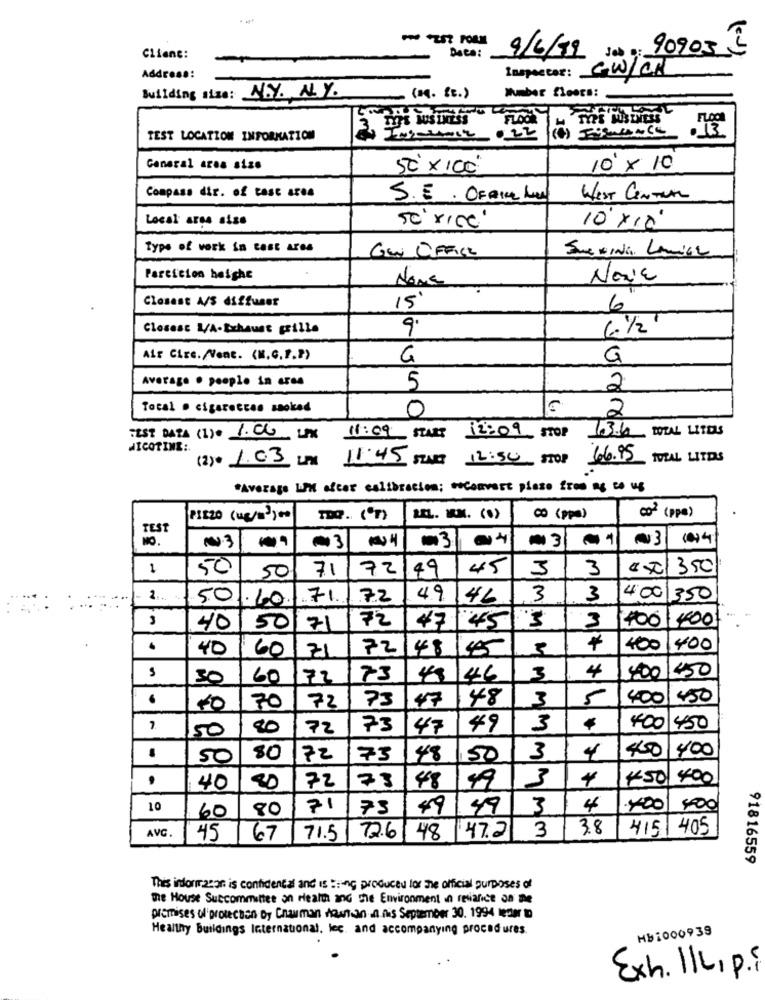
-90 25? PORM
Date:
Jeb p: 909032
Client:
9/6/19
Address:
Inspector: GW/CM
Humber floors:
Building size: N.Y. NY.
- (M. SE.)
TOS BUSINESS
FLOO
.13
TEST LOCATION INFORMATION
ime
022
General area size
50 × 100'
10 × 10
Compass dir. of tasc area
S.E. OF aine few
WEST CENTRAL
Local arss sise
so rice"
10 x18
Type of work in Cast Ares
GW OFFICE
Particion beighe
Novia
Closest A/S diffuser
6"
15
Closest W/A-Exhaust grille
9.
6. 1/2
ALr Circ./Vent. (N.C.F.P)
G
G
Average . people in ares
5
2
Tocal . cigaretces saoked
0
2
1.3.66 TOTAL LITERS
TEST DATA (1) 1.00 UN
11:09 START
12:09 STOP
NICOTINE :.
(2) 1.03 LPN 11:45 START 12:54 STOP
66.95 IVEL LITOS
*Average LIM after calibration; Convert pisso from ng to us
PIEZO (us/3)00
REL. M.M. (.)
002 (ppa)
TEST
04
~3
10)4
N.3
-3
3
1
50
50
72
49
45
3
3
xxx1350
71
2.
5.0.10.
711
72
49
46
3
3
400 350
3
72
47.45
3
100
1400
40
50
71
40
60
72
48
+
400
400
71
30
60
72
73
48
146
MM
4
400
6
73
47
48
3
5
400
450
70
72
50
20
72
73
47
49
3
400 450
400
.
50
80
72
73
48
50
3
4
450
73
3
4
450
400
40
20
72
48
49
10
80
71
73
49
49
3
4
.400
400
60
AVC.
3
3.8
415 405
45
67
71.5
72.6|48
47.2
91816559
This informason is confidential and is Being produced for the official purposes of
the House Succommittee on Health and the Environment in reliance on the
premises of protection of Cnauman Mountain a his September 30. 1994 leder to
Healthy Buildings International, lec. and accompanying procedures.
HB1000939
Exh. IL, p.